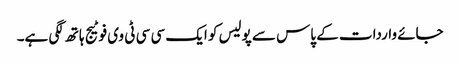
جائے واردات کے پاس سے پولیس کو ایک سی سی ٹی وی فوٹیج ہاتھ لگی ہے۔